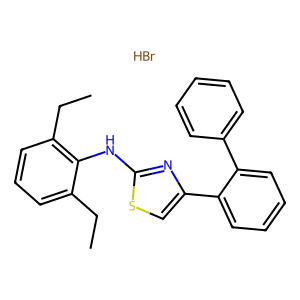
SMILES: Br.CCc1cccc(CC)c1Nc1nc(-c2ccccc2-c2ccccc2)cs1
Inhibits HIV replication: No